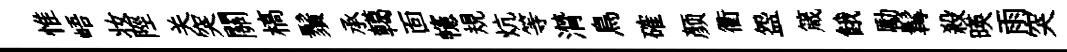
惟峿妆陘关突關槁鬚承轕靣幰規炕等潸鳥確颜衢盌箴餓勵髯殺暎雨突